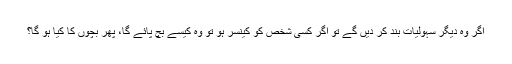
اگر وہ دیگر سہولیات بند کر دیں گے تو اگر کسی شخص کو کینسر ہو تو وہ کیسے بچ پائے گا، پھر بچوں کا کیا ہو گا؟